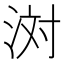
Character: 𪶊